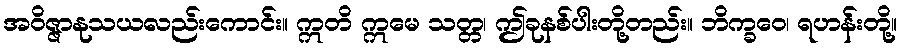
အဝိဇ္ဇာနုသယလည်းကောင်း။ ဣတိ ဣမေ သတ္တ၊ ဤခုနစ်ပါးတို့တည်း။ ဘိက္ခဝေ၊ ရဟန်းတို့။